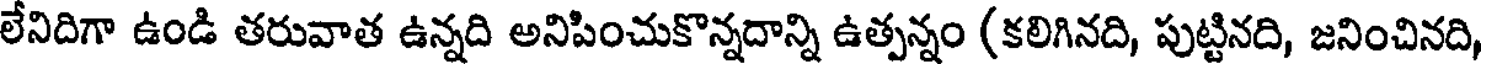
లేనిదిగా ఉండి తరువాత ఉన్నది అనిపించుకొన్నదాన్ని ఉత్పన్నం (కలిగినది, పుట్టినది, జనించినది,